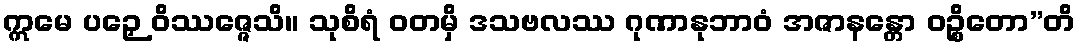
ဣမေ ပဉှေ ဝိဿဇ္ဇေသိ။ သုစိရံ ဝတမှိ ဒသဗလဿ ဂုဏာနုဘာဝံ အဇာနန္တော ဝဉ္စိတော”တိ